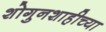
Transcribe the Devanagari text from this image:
शोगुनशाहीच्या